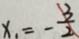
x _ { 1 } = - \frac { 3 } { 2 }